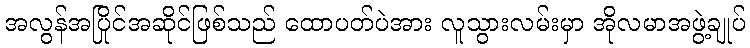
အလွန်အပြိုင်အဆိုင်ဖြစ်သည် ထောပတ်ပဲအား လူသွားလမ်းမှာ အိုလမာအဖွဲ့ချုပ်